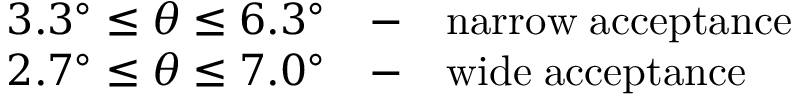
\begin{array} { l l l } { { 3 . 3 ^ { \circ } \leq \theta \leq 6 . 3 ^ { \circ } } } & { { - } } & { { \mathrm { n a r r o w \; a c c e p t a n c e } } } \\ { { 2 . 7 ^ { \circ } \leq \theta \leq 7 . 0 ^ { \circ } } } & { { - } } & { { \mathrm { w i d e \; a c c e p t a n c e } } } \end{array}